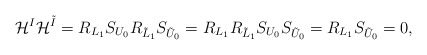
\begin{align*}\mathcal{H}^I\mathcal{H}^{\tilde{I}}=R_{L_1}S_{U_0}R_{\tilde{L}_1}S_{\tilde{U}_0}=R_{L_1}R_{\tilde{L}_1}S_{U_0}S_{\tilde{U}_0}=R_{L_1}S_{\tilde{U}_0}=0,\end{align*}